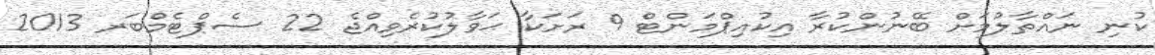
ކުނި ނައްތާލުމަށް ބޭނުންކުރާ އިކުއިޕްމަންޓް 9 ރަށަކާ ޙަވާލުކުރެވިއްޖެ 22 ސެޕްޓެމްބަރ 2013